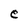
Character: e